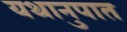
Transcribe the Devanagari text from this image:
यथानुपात